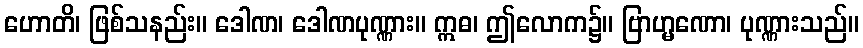
ဟောတိ၊ ဖြစ်သနည်း။ ဒေါဏ၊ ဒေါဏပုဏ္ဏား။ ဣဓ၊ ဤလောက၌။ ဗြာဟ္မဏော၊ ပုဏ္ဏားသည်။